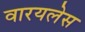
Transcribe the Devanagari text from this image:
वारयलेस